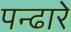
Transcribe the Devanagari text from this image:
पन्ढारे